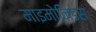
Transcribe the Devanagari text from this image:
माइमोनिडस